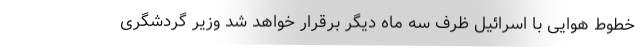
خطوط هوایی با اسرائیل ظرف سه ماه دیگر برقرار خواهد شد وزیر گردشگری